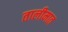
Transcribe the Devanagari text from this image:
तालीमात